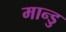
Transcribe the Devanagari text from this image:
मान्डु